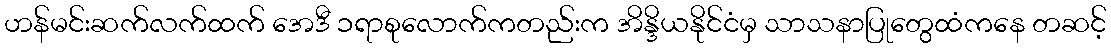
ဟန်မင်းဆက်လက်ထက် အေဒီ ၁ရာစုလောက်ကတည်းက အိန္ဒိယနိုင်ငံမှ သာသနာပြုတွေထံကနေ တဆင့်